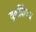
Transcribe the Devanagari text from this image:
यूनीकैम्प